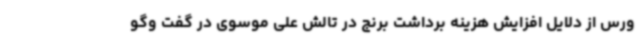
ورس از دلایل افزایش هزینه برداشت برنج در تالش علی موسوی در گفت وگو